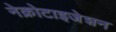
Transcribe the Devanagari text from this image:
नेक्रोटाइजेशन